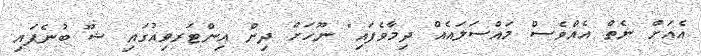
އެއަށް ނެތް އެއްވެސް މައްސަލައެއް ދިމާވެފައި" ނޫހަށް ދިން އިންޓަރވިއުގައި ޝޫ ބުނެފައި